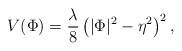
\begin{align*}V(\Phi)=\frac{\lambda}{8}\left(\vert\Phi\vert^2-\eta^2\right)^2,\end{align*}